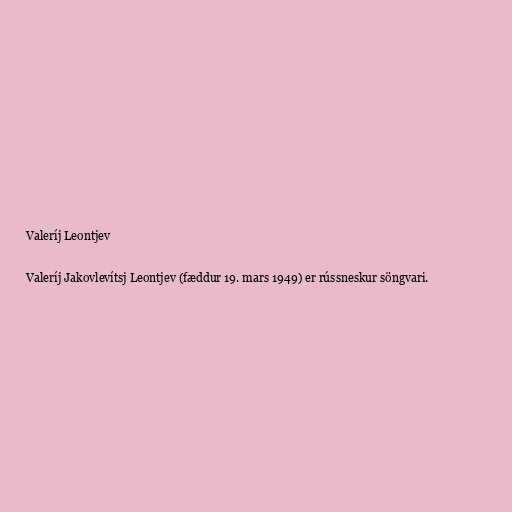
Valeríj Leontjev

Valeríj Jakovlevítsj Leontjev (fæddur 19. mars 1949) er rússneskur söngvari.